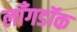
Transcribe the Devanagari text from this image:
लाँगडॉक